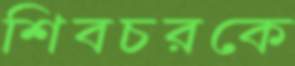
শিবচরকে